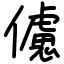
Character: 儢